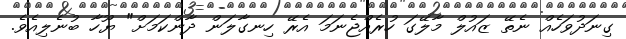
ގިނަދުވަހެއް ނެތޭ ޒައުލް މާލޭގަ ހުރެއްޖެނަމަ އެރޭ ހިނގާލަން ދާންކަމަށް" ޔޫހާ ބުނެލިއެވެ.